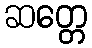
ဆတ္တေ